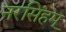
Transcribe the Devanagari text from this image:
नरसिंहम्